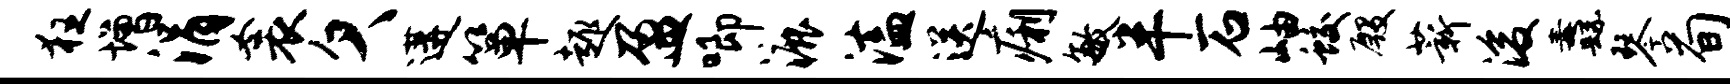
狂增涓衾欠遘箪趣盈唧漉溘送痢敏半石岫蛟殷薪浚纛琴荀